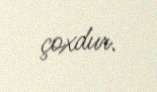
çoxdur.